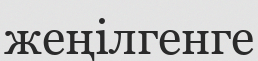
жеңілгенге